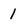
Character: l